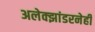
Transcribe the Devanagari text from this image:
अलेक्झांडरनेही